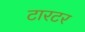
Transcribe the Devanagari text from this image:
टारटर